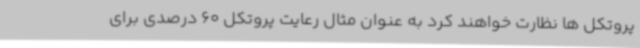
پروتکل ها نظارت خواهند کرد به عنوان مثال رعایت پروتکل 60 درصدی برای